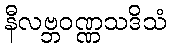
နီလဗ္ဘဝဏ္ဏသဒိသံ